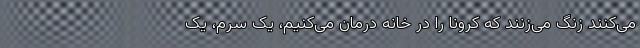
می‌کنند زنگ می‌زنند که کرونا را در خانه درمان می‌کنیم، یک سرم، یک